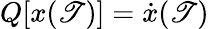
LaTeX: Q[x(\mathscr{T})]={\dot{{x}}}(\mathscr{T})